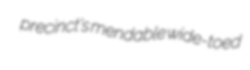
precinct's mendable wide-toed